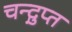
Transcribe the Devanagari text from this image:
चन्द्गुप्त